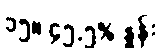
၁၅။ ၄၅.၅% နှုန်း